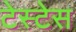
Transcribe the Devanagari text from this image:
टेस्टेस